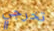
تخرجي